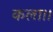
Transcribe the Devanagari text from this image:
कला।।